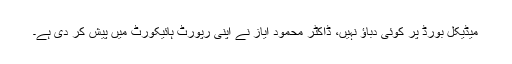
میڈیکل بورڈ پر کوئی دباؤ نہیں، ڈاکٹر محمود ایاز نے اپنی رپورٹ ہائیکورٹ میں پیش کر دی ہے۔